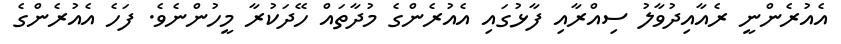
އެއުރެންނީ ރެއާއިދުވާލު ސިއްރާއި ފާޅުގައި އެއުރެންގެ މުދާތައް ހޭދަކުރާ މީހުންނެވެ. ފަހެ އެއުރެންގެ